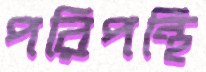
পরিপন্থি